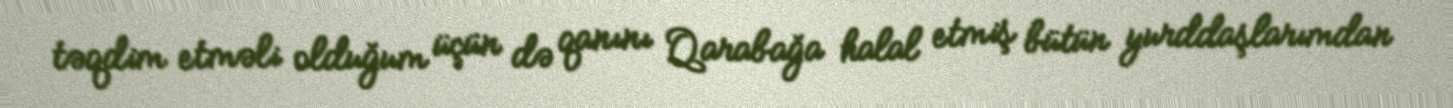
təqdim etməli olduğum üçün də qanını Qarabağa halal etmiş bütün yurddaşlarımdan